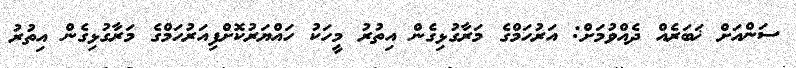
ސަންއަށް ޚަބަރެއް ދެއްވުމަށް: އަރުހަމްގެ މަރާގުޅިގެން އިތުރު މީހަކު ހައްޔަރުކޮށްފިއަރުހަމްގެ މަރާގުޅިގެން އިތުރު